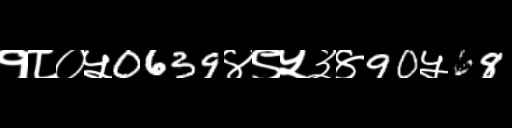
Text: १८०५0639४९५३४90५68